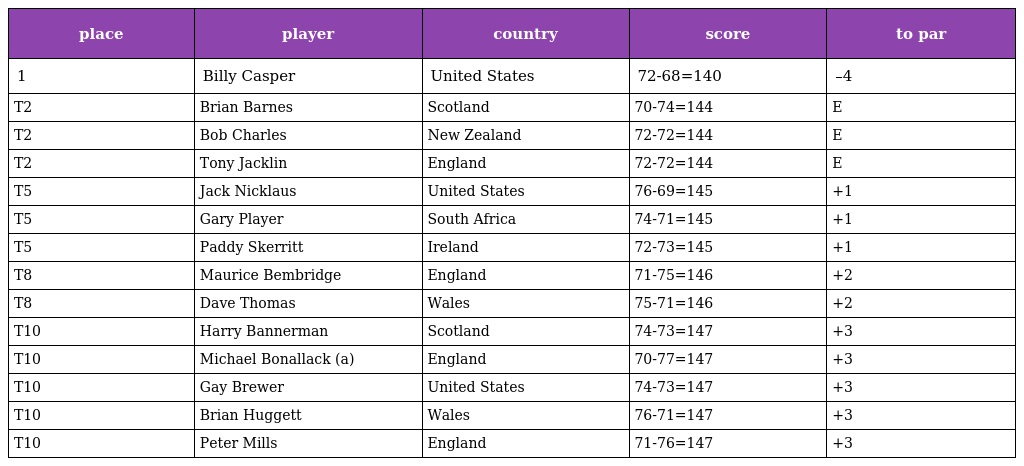
| place | player | country | score | to par |
 | --- | --- | --- | --- | --- |
 | 1 | Billy Casper | United States | 72-68=140 | –4 |
 | T2 | Brian Barnes | Scotland | 70-74=144 | E |
 | T2 | Bob Charles | New Zealand | 72-72=144 | E |
 | T2 | Tony Jacklin | England | 72-72=144 | E |
 | T5 | Jack Nicklaus | United States | 76-69=145 | +1 |
 | T5 | Gary Player | South Africa | 74-71=145 | +1 |
 | T5 | Paddy Skerritt | Ireland | 72-73=145 | +1 |
 | T8 | Maurice Bembridge | England | 71-75=146 | +2 |
 | T8 | Dave Thomas | Wales | 75-71=146 | +2 |
 | T10 | Harry Bannerman | Scotland | 74-73=147 | +3 |
 | T10 | Michael Bonallack (a) | England | 70-77=147 | +3 |
 | T10 | Gay Brewer | United States | 74-73=147 | +3 |
 | T10 | Brian Huggett | Wales | 76-71=147 | +3 |
 | T10 | Peter Mills | England | 71-76=147 | +3 |